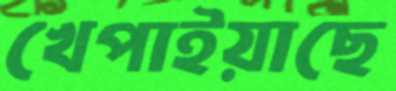
খেপাইয়াছে